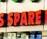
spare